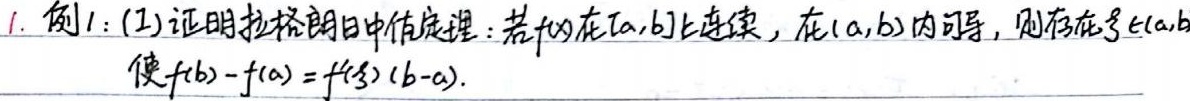
1. 例1：(2)证明拉格朗日中值定理：若\(f(x)\)在\([a,b]\)上连续，在\((a,b)\)内可导，则存在\(\xi\in(a,b)\)
使\(f(b)-f(a)=f'(\xi)(b - a)\).